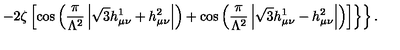
\left. \left. - 2 \zeta \left[ \cos \left( \frac { \pi } { \Lambda ^ { 2 } } \left| \sqrt { 3 } h _ { \mu \nu } ^ { 1 } + h _ { \mu \nu } ^ { 2 } \right| \right) + \cos \left( \frac { \pi } { \Lambda ^ { 2 } } \left| \sqrt { 3 } h _ { \mu \nu } ^ { 1 } - h _ { \mu \nu } ^ { 2 } \right| \right) \right] \right\} \right\} .